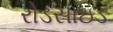
રોડસાઇડ